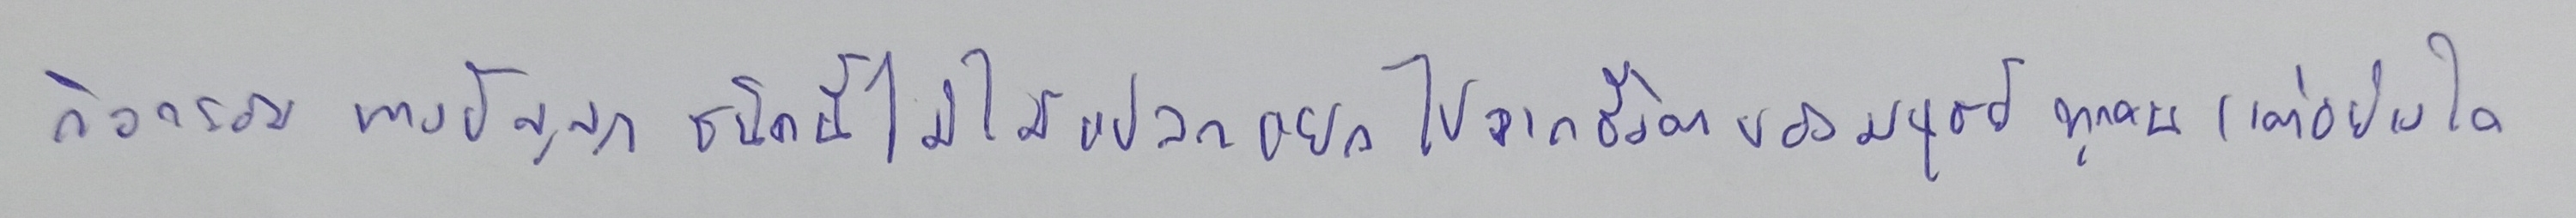
กิจกรรมทางปัญญาชนิดนี้ไม่ได้แปลกแยกไปจากชีวิตของมนุษย์ทุกคนแต่อย่างใด